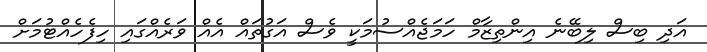
އަދި ބިސް ލިބޭނެ އިންތިޒާމް ހަމަޖެއްސުމަކީ ވެސް އަގުތައް އެއް ވަރެއްގައި ހިފެހެއްޓުމަށް